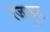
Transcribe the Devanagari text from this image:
रजपुत